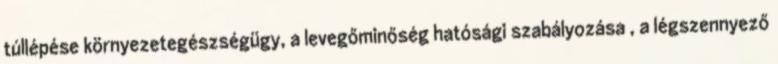
túllépése környezetegészségügy, a levegőminőség hatósági szabályozása , a légszennyező